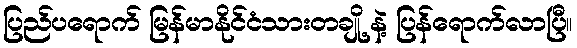
ပြည်ပရောက် မြန်မာနိုင်ငံသားတချို့ နဲ့ ပြန်ရောက်လာပြီ။